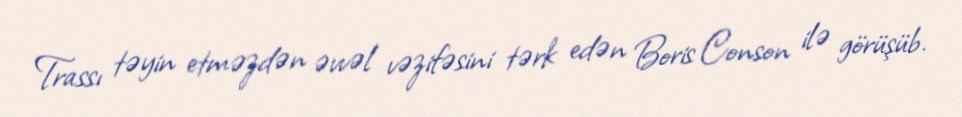
Trassı təyin etməzdən əvvəl vəzifəsini tərk edən Boris Conson ilə görüşüb.